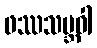
ဖဿသမ္ဘဝါ